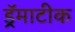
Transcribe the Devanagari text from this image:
ड्रॅमाटीक